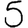
Digit: 5